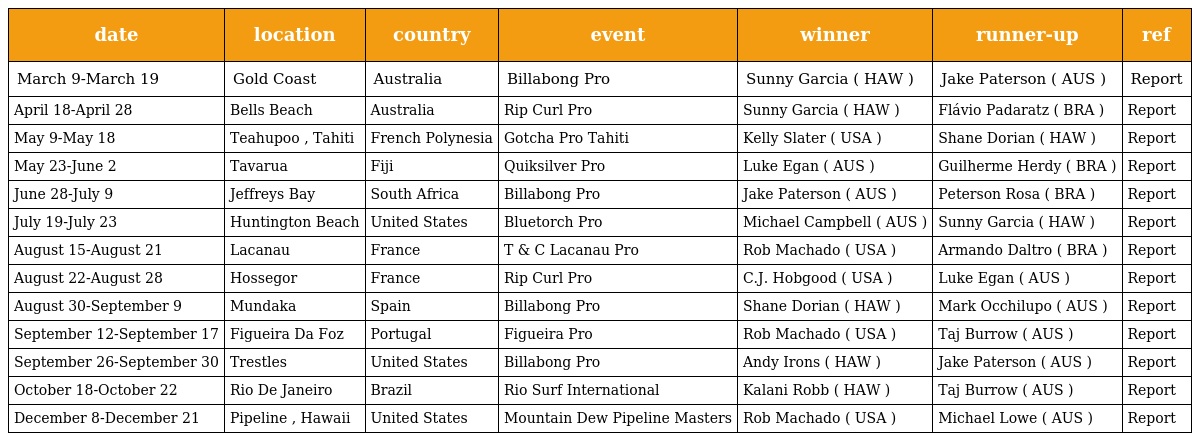
| date | location | country | event | winner | runner-up | ref |
 | --- | --- | --- | --- | --- | --- | --- |
 | March 9-March 19 | Gold Coast | Australia | Billabong Pro | Sunny Garcia ( HAW ) | Jake Paterson ( AUS ) | Report |
 | April 18-April 28 | Bells Beach | Australia | Rip Curl Pro | Sunny Garcia ( HAW ) | Flávio Padaratz ( BRA ) | Report |
 | May 9-May 18 | Teahupoo , Tahiti | French Polynesia | Gotcha Pro Tahiti | Kelly Slater ( USA ) | Shane Dorian ( HAW ) | Report |
 | May 23-June 2 | Tavarua | Fiji | Quiksilver Pro | Luke Egan ( AUS ) | Guilherme Herdy ( BRA ) | Report |
 | June 28-July 9 | Jeffreys Bay | South Africa | Billabong Pro | Jake Paterson ( AUS ) | Peterson Rosa ( BRA ) | Report |
 | July 19-July 23 | Huntington Beach | United States | Bluetorch Pro | Michael Campbell ( AUS ) | Sunny Garcia ( HAW ) | Report |
 | August 15-August 21 | Lacanau | France | T & C Lacanau Pro | Rob Machado ( USA ) | Armando Daltro ( BRA ) | Report |
 | August 22-August 28 | Hossegor | France | Rip Curl Pro | C.J. Hobgood ( USA ) | Luke Egan ( AUS ) | Report |
 | August 30-September 9 | Mundaka | Spain | Billabong Pro | Shane Dorian ( HAW ) | Mark Occhilupo ( AUS ) | Report |
 | September 12-September 17 | Figueira Da Foz | Portugal | Figueira Pro | Rob Machado ( USA ) | Taj Burrow ( AUS ) | Report |
 | September 26-September 30 | Trestles | United States | Billabong Pro | Andy Irons ( HAW ) | Jake Paterson ( AUS ) | Report |
 | October 18-October 22 | Rio De Janeiro | Brazil | Rio Surf International | Kalani Robb ( HAW ) | Taj Burrow ( AUS ) | Report |
 | December 8-December 21 | Pipeline , Hawaii | United States | Mountain Dew Pipeline Masters | Rob Machado ( USA ) | Michael Lowe ( AUS ) | Report |